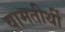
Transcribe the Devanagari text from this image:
वामतीर्थी